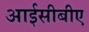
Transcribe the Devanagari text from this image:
आईसीबीए